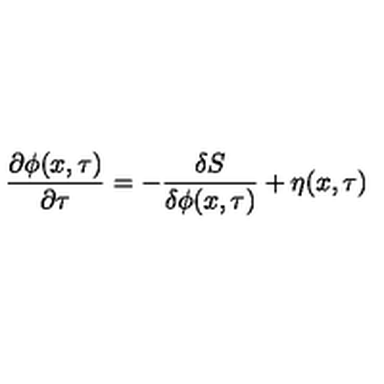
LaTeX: \frac { \partial \phi ( x , \tau ) } { \partial \tau } = - \frac { \delta S } { \delta \phi ( x , \tau ) } + \eta ( x , \tau )